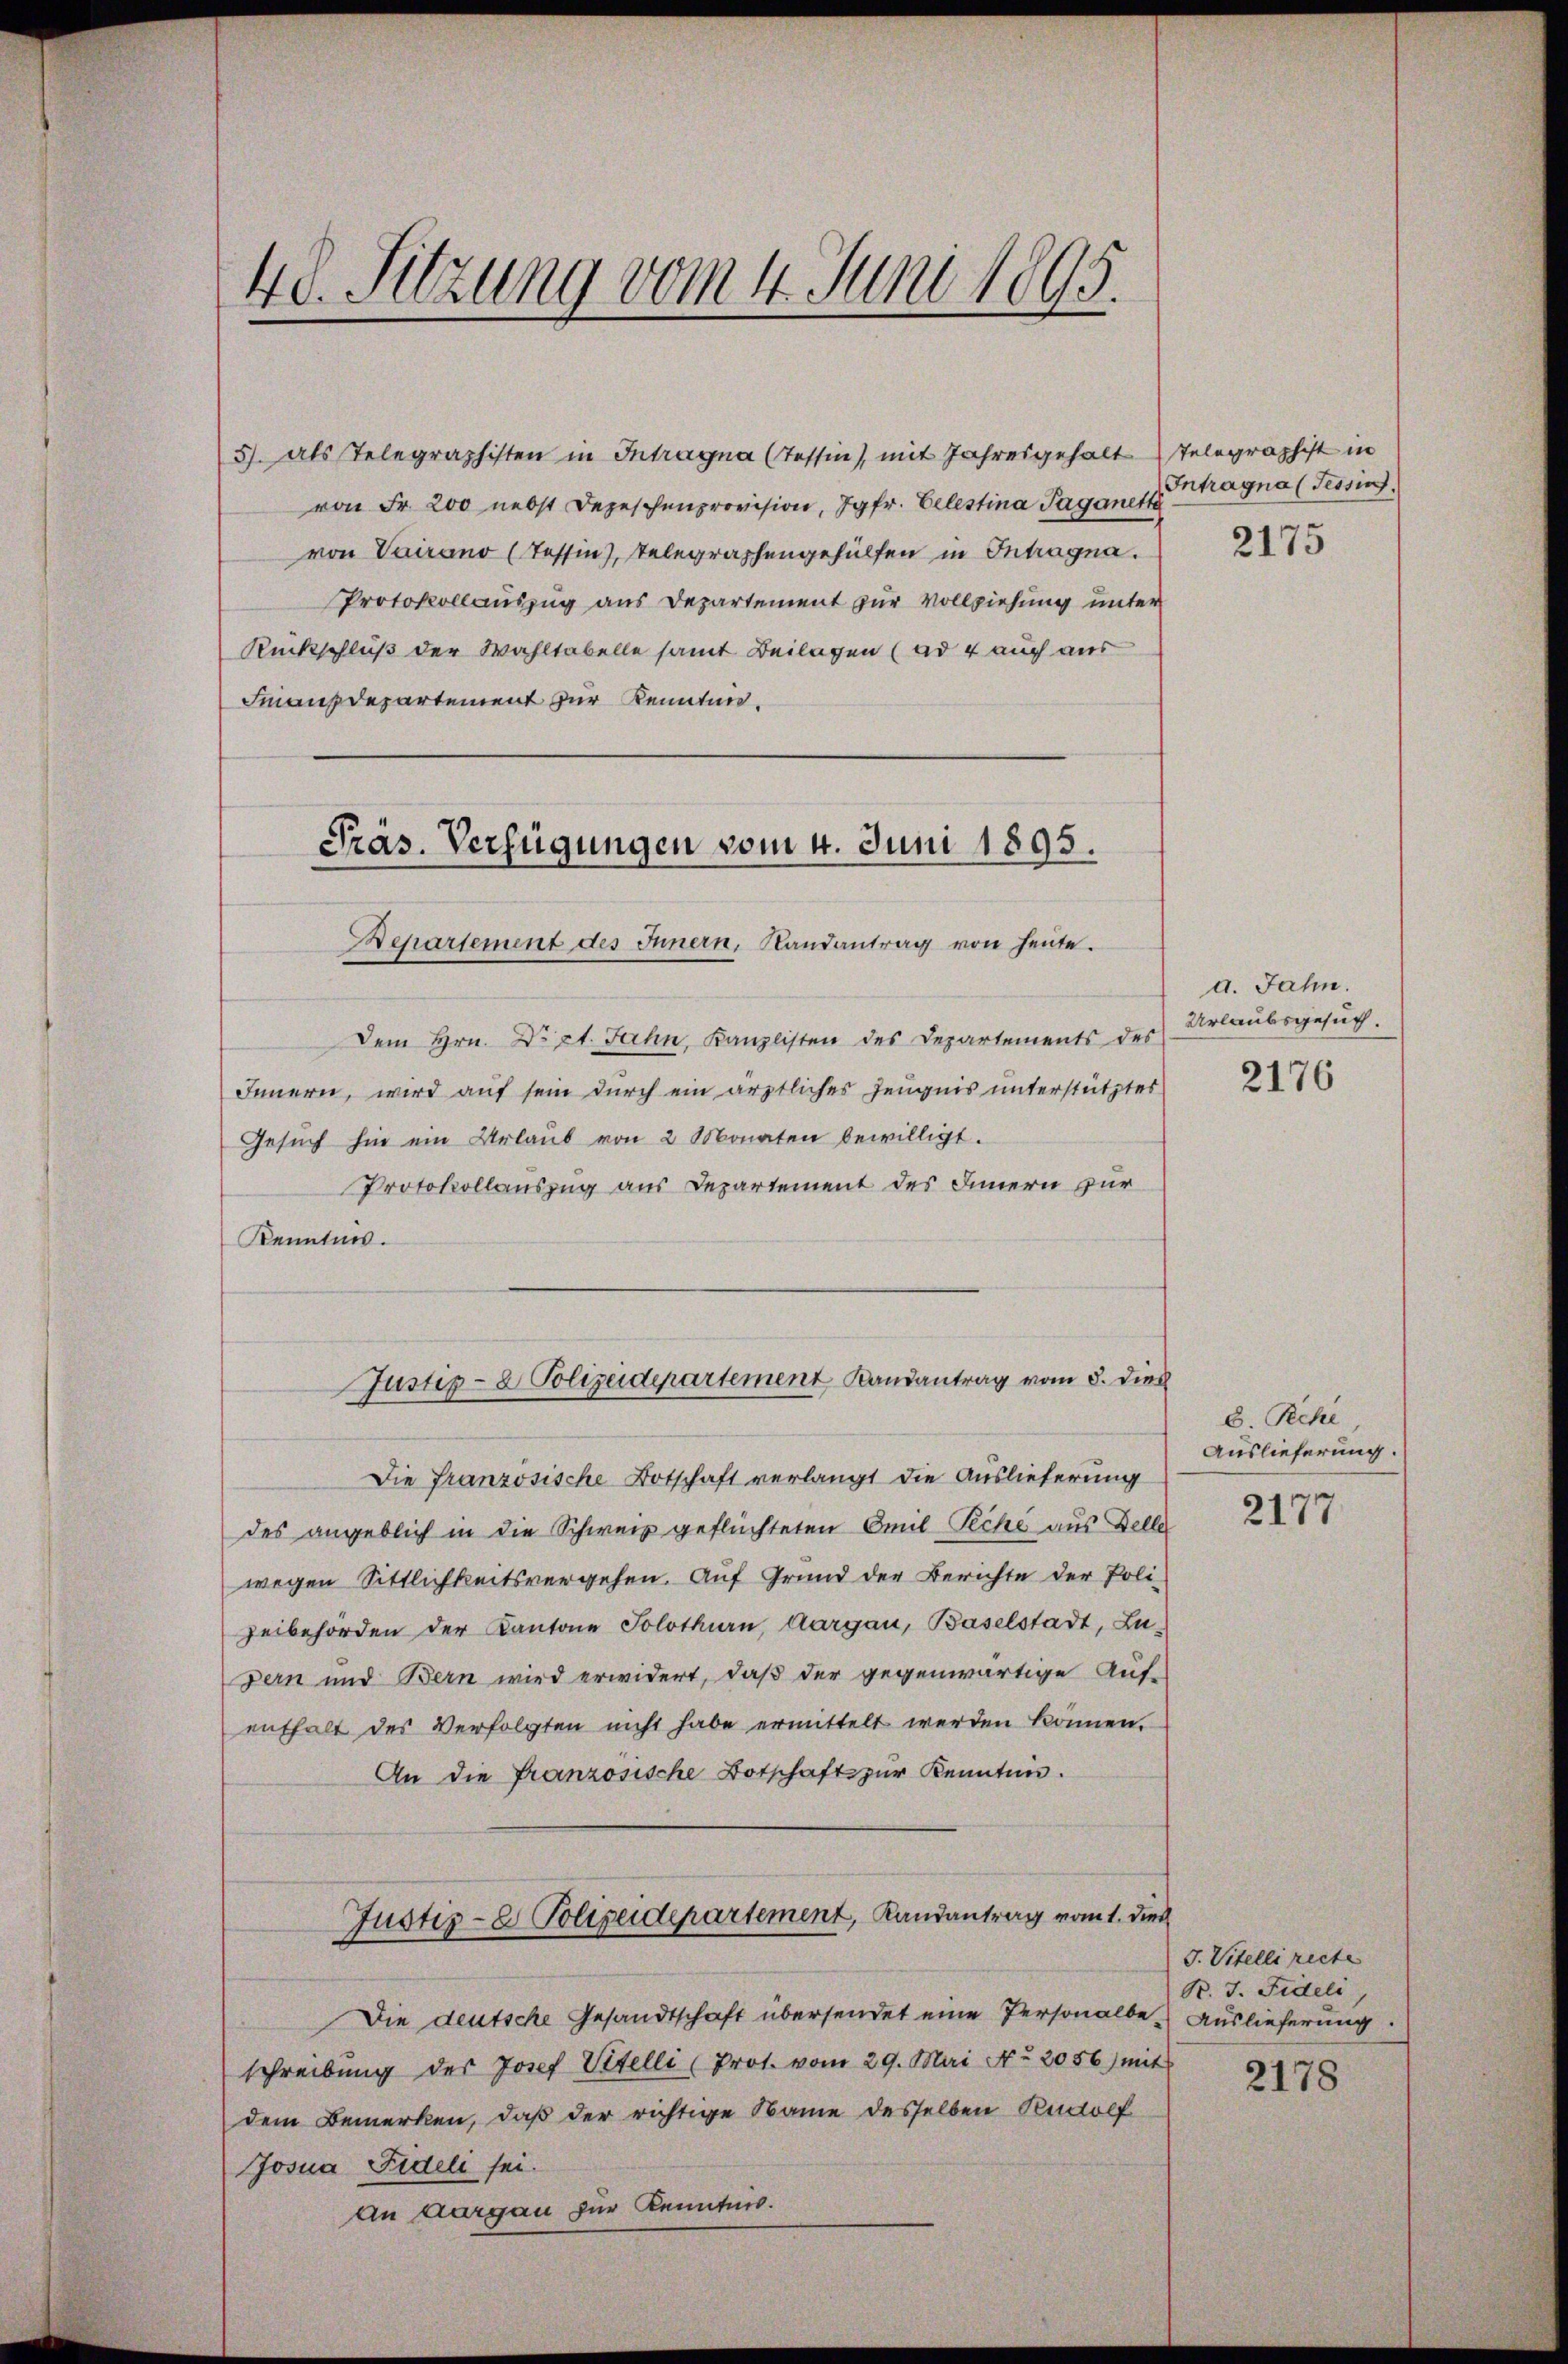
48. Sitzung vom 4. Juni 1895.

von Fr. 200 nebst Depeschenprovision, Jgfr. Celestina Taganett
von Vairano (Tessin, Telegraphengehülfen in Intragna.
Protokollauszug aus Departement zur Vollziehung unter
Rückschluß der Wahltabelle samt Beilagen (ad 4 auch aus
Finanzdepartement zur Kenntnis¬
Departement des Innern, Randantrag von heute.
Dem Hrn. Dr St. Jahn, Kanzlisten des Departements des
Innern, wird auf sein durch ein ärztliches Zeugnis unterstütztes
Gesuch hin ein Urlaub von 2 Monaten bewilligt.
Protokollauszug aus Departement des Innern zur
Kenntnis.
Justiz- & Polizeidepartement Landantrag vom 8. Dies
Die Französische Botschaft verlangt die Auslieferung
des angeblich in die Schweiz geflüchteten Emil Peche aus Delle
wegen Sittlichkeitsvergehen. Auf Grund der Berichte der Poli-
zeibehörden der Kantone Solothurn, Aargau, Baselstadt, Zu-
Bern und Bern wird erwidert, daß der gegenwärtige Auf-
enthalt des Verfolgten nicht habe ermittelt werden können.
An die Französische Botschaft zur Kenntnis.
Justiz- & Polizeidepartement, Landantrag vom 1. dies
Die deutsche Gesandtschaft übersendet eine Personalbe Auslieferung
schreibung der Josef Stelli (Prot. vom 29. Mai No 2056) mit
dem Bemerken, daß der richtige Name desselben wolf
Josua Fideli sei.
An Aargau zur Kenntnis.

Präs. Verfügungen vom 4. Juni 1895.

5). Als Telegraphisten in Intragna (Tessin, mit Jahresgehalt Telegraphist in

Intragna (Tessin.
2175

a. Jahn.
Urlaubsgesuch.
2176

8. Pechl
Auslieferung.

2177

S. Vitelli recte
B. J. Fideli
2178